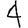
Digit: 4